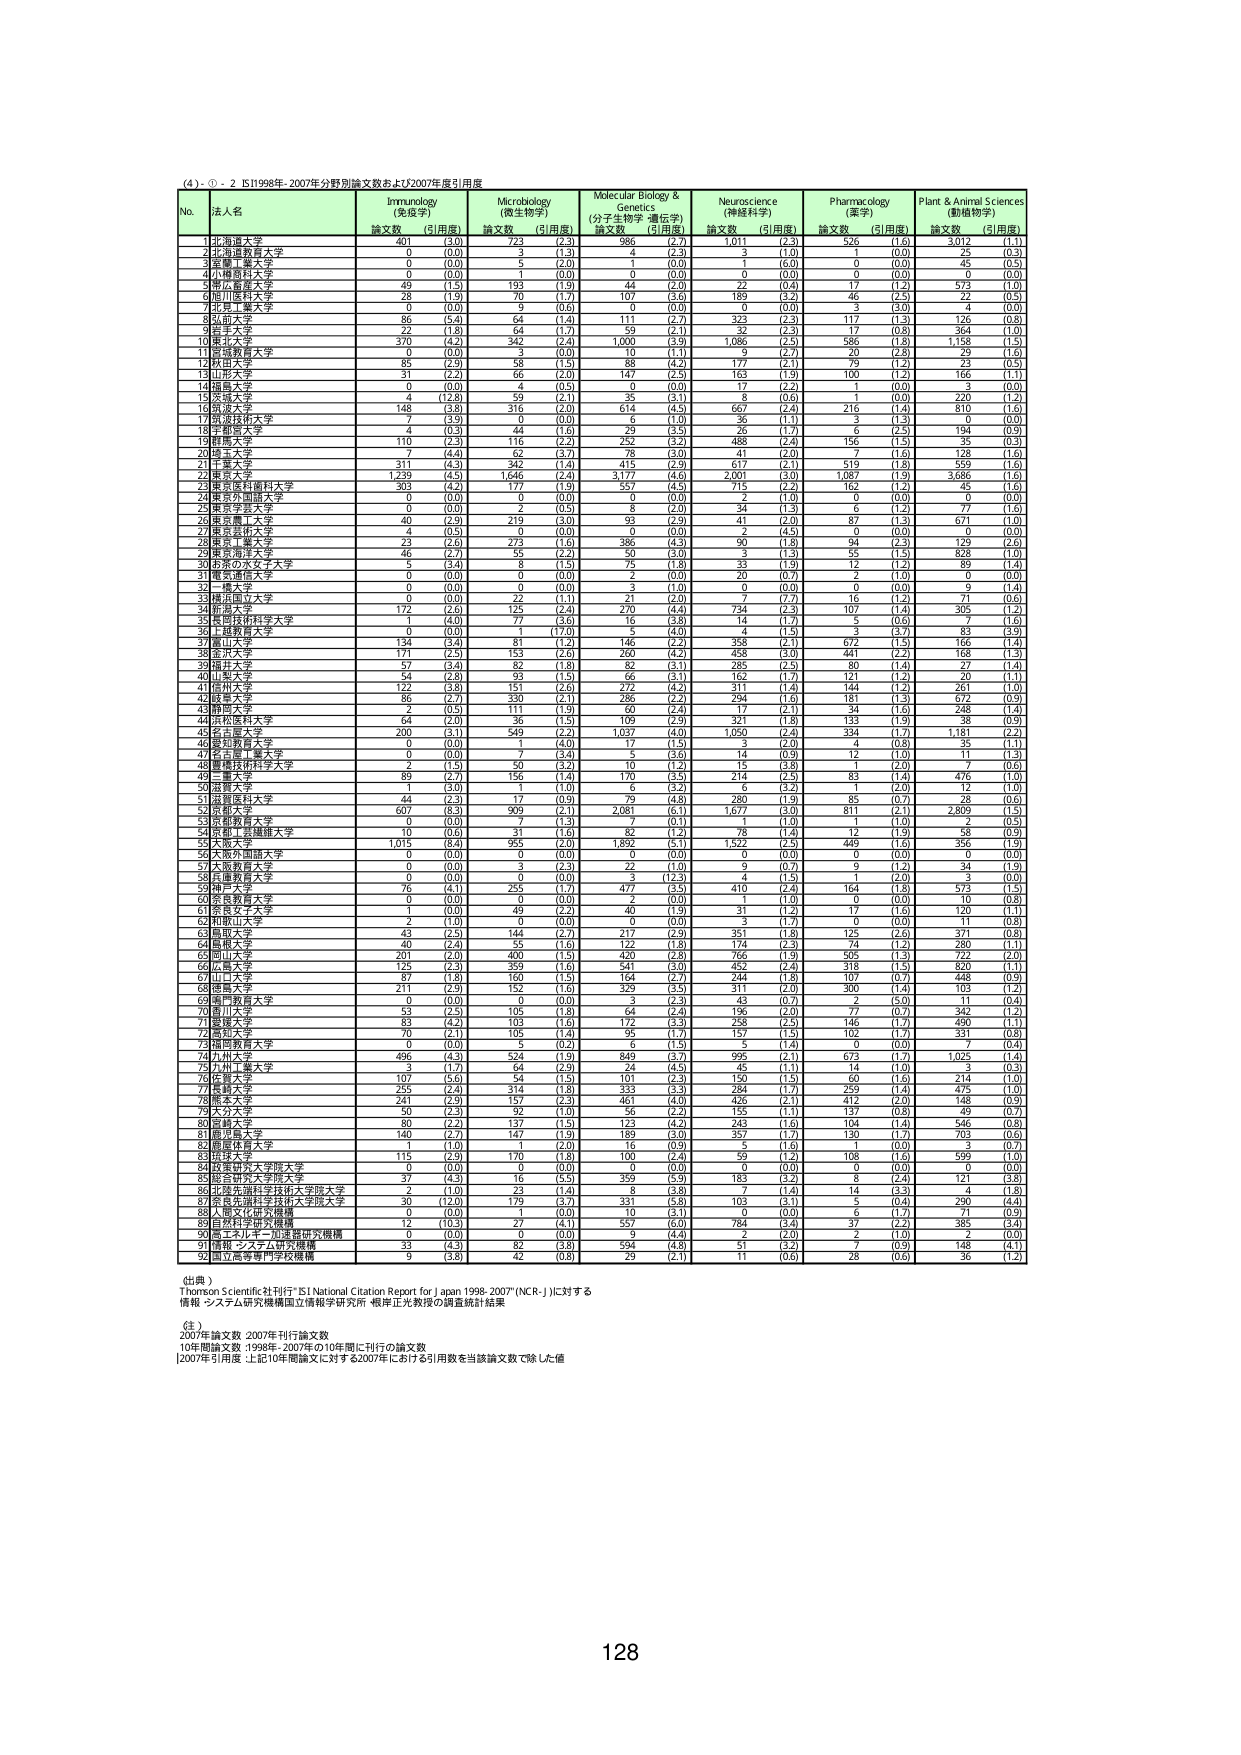
(4) - ① - 2 IS11998年-2007年分野別論文数および2007年足引用度

No. 法人名 Immunology (免疫学) Microbiology (微生物学) Molecular Biology & Genetics (分子生物学・遺伝学) Neuroscience (神経科学) Pharmacology (薬学) Plant & Animal Sciences (動植物学)
論文数 (引用度) 論文数 (引用度) 論文数 (引用度) 論文数 (引用度) 論文数 (引用度) 論文数 (引用度)
1 北海道大学 401 (3.0) 723 (2.3) 986 (2.7) 1,011 (2.3) 526 (1.0) 3,012 (1.1)
2 北海道教育大学 0 (0.0) 3 (1.3) 4 (2.3) 3 (1.0) 0 (0.0) 25 (0.3)
3 京都工芸繊維大学 0 (0.0) 5 (2.0) 1 (0.0) 1 (6.0) 0 (0.0) 45 (0.5)
4 小樽商科大学 0 (0.0) 1 (0.0) 0 (0.0) 0 (0.0) 0 (0.0) 0 (0.0)
5 東北大学 69 (1.5) 193 (1.9) 44 (0.4) 17 (1.2) 17 (1.2) 573 (1.0)
6 旭川医科大学 28 (1.9) 70 (1.7) 107 (3.6) 189 (3.2) 46 (2.5) 22 (0.5)
7 北見工業大学 0 (0.0) 9 (0.6) 0 (0.0) 0 (0.0) 3 (3.0) 4 (0.0)
8 弘前大学 86 (5.4) 64 (1.4) 111 (2.7) 323 (2.3) 117 (1.3) 126 (0.8)
9 岩手大学 22 (1.8) 64 (1.7) 59 (2.1) 32 (2.3) 17 (0.8) 364 (1.0)
10 東北大学 370 (4.2) 342 (2.4) 1,000 (3.9) 1,086 (2.5) 586 (1.8) 1,158 (1.5)
11 宮城教育大学 0 (0.0) 0 (0.0) 10 (1.1) 9 (2.7) 20 (2.8) 29 (1.6)
12 秋田大学 85 (2.9) 58 (1.5) 88 (4.2) 177 (2.1) 79 (1.2) 23 (0.3)
13 山形大学 31 (2.2) 66 (2.0) 147 (2.5) 163 (1.9) 100 (1.2) 166 (1.1)
14 福島大学 0 (0.0) 4 (0.5) 0 (0.0) 17 (2.2) 1 (0.0) 3 (0.0)
15 茨城大学 4 (1.8) 59 (2.1) 35 (3.1) 8 (0.6) 1 (0.0) 220 (1.2)
16 筑波大学 148 (3.8) 316 (2.0) 614 (4.5) 667 (2.4) 216 (1.4) 810 (1.6)
17 筑波技術大学 7 (3.9) 0 (0.0) 6 (1.0) 36 (1.1) 3 (1.3) 0 (0.0)
18 宇都宮大学 4 (0.3) 44 (1.6) 29 (3.5) 26 (1.7) 6 (2.5) 194 (0.9)
19 群馬大学 110 (2.3) 116 (2.2) 252 (3.2) 488 (2.4) 156 (1.5) 35 (0.3)
20 埼玉大学 7 (4.4) 62 (3.7) 78 (3.0) 41 (2.0) 7 (1.6) 128 (1.6)
21 千葉大学 311 (4.3) 342 (1.4) 415 (2.9) 617 (2.1) 519 (1.8) 599 (1.6)
22 東京大学 1,239 (4.5) 1,646 (2.4) 3,177 (4.6) 2,001 (3.0) 1,087 (1.9) 3,682 (1.6)
23 東京医科歯科大学 303 (4.2) 177 (1.9) 557 (4.5) 715 (2.2) 162 (1.2) 45 (1.6)
24 東京外国語大学 0 (0.0) 0 (0.0) 0 (0.0) 2 (1.0) 0 (0.0) 0 (0.0)
25 東京学芸大学 0 (0.0) 2 (0.5) 8 (1.9) 34 (1.3) 6 (1.2) 77 (1.6)
26 東京農工大学 40 (2.9) 219 (3.0) 93 (2.9) 41 (2.0) 87 (1.3) 671 (1.0)
27 東京芸術大学 4 (0.5) 0 (0.0) 0 (0.0) 2 (4.5) 0 (0.0) 0 (0.0)
28 東京工業大学 23 (2.6) 273 (1.6) 386 (4.3) 90 (1.8) 94 (2.3) 129 (1.2)
29 東京海洋大学 46 (2.7) 55 (2.2) 50 (3.0) 3 (1.3) 55 (1.5) 828 (1.0)
30 お茶の水女子大学 5 (3.4) 8 (1.5) 75 (1.8) 33 (1.9) 12 (1.2) 89 (1.4)
31 電気通信大学 0 (0.0) 0 (0.0) 2 (0.0) 20 (0.7) 2 (1.0) 0 (0.0)
32 一橋大学 0 (0.0) 0 (0.0) 3 (0.0) 0 (0.0) 0 (0.0) 9 (1.4)
33 横浜国立大学 0 (0.0) 22 (1.1) 21 (2.0) 7 (7.7) 16 (1.2) 71 (0.6)
34 新潟大学 172 (2.6) 125 (2.4) 270 (4.4) 734 (2.3) 107 (1.4) 305 (1.2)
35 信州大学 1 (4.0) 7 (3.6) 16 (3.8) 14 (1.7) 5 (0.6) 7 (1.6)
36 上越教育大学 0 (0.0) 1 (17.0) 5 (4.0) 4 (1.5) 3 (3.7) 83 (3.9)
37 富山大学 134 (3.4) 81 (1.2) 146 (2.2) 358 (2.1) 672 (1.5) 166 (1.4)
38 金沢大学 171 (2.5) 153 (2.6) 260 (4.2) 458 (3.0) 441 (2.2) 168 (1.2)
39 福井大学 57 (3.4) 82 (1.8) 82 (3.1) 285 (2.5) 80 (1.4) 27 (1.4)
40 山梨大学 54 (2.8) 93 (1.5) 66 (3.1) 162 (1.7) 121 (1.2) 20 (1.1)
41 長野大学 122 (3.8) 151 (2.6) 272 (4.2) 311 (1.4) 144 (1.2) 261 (1.0)
42 岐阜大学 86 (2.7) 330 (0.0) 286 (2.1) 294 (1.6) 181 (1.3) 672 (0.9)
43 静岡大学 2 (0.5) 111 (1.9) 60 (2.4) 17 (2.1) 34 (1.6) 248 (1.4)
44 浜松医科大学 64 (2.0) 36 (1.5) 109 (2.9) 321 (1.8) 133 (1.9) 38 (0.9)
45 名古屋大学 200 (3.1) 549 (2.2) 1,037 (3.0) 1,093 (2.4) 334 (1.7) 1,181 (2.2)
46 愛知教育大学 0 (0.0) 1 (4.0) 3 (1.5) 3 (2.0) 4 (0.8) 35 (1.1)
47 名古屋工業大学 0 (0.0) 7 (3.4) 5 (3.6) 14 (0.9) 12 (1.0) 11 (1.3)
48 愛知芸術短期大学 2 (1.5) 50 (3.2) 10 (3.2) 15 (3.8) 1 (2.0) 7 (1.0)
49 三重大学 89 (2.7) 156 (1.4) 170 (3.5) 214 (2.5) 83 (1.4) 476 (1.0)
50 滋賀大学 1 (3.0) 1 (1.0) 6 (3.2) 6 (3.2) 1 (2.0) 12 (1.0)
51 京都教育大学 44 (2.3) 17 (2.1) 79 (4.8) 280 (1.9) 85 (0.7) 28 (0.6)
52 京都大学 607 (6.3) 909 (2.1) 2,081 (6.1) 1,677 (3.0) 811 (2.1) 2,802 (1.3)
53 京都薬科大学 0 (0.0) 7 (1.3) 7 (0.1) 1 (1.0) 1 (1.0) 2 (0.5)
54 京都工芸繊維大学 10 (0.6) 31 (1.6) 82 (1.2) 78 (1.4) 12 (1.9) 58 (0.9)
55 大阪大学 1,015 (8.4) 955 (2.0) 1,892 (5.1) 1,522 (2.5) 449 (1.6) 395 (1.9)
56 大阪外国語大学 0 (0.0) 0 (0.0) 0 (0.0) 0 (0.0) 0 (0.0) 0 (0.0)
57 大阪教育大学 0 (0.0) 3 (2.3) 22 (1.0) 9 (0.7) 9 (1.2) 34 (1.9)
58 兵庫教育大学 0 (0.0) 0 (0.0) 3 (1.3) 4 (1.5) 1 (2.0) 2 (0.0)
59 神戸大学 76 (4.1) 265 (1.7) 477 (3.5) 410 (2.2) 164 (1.8) 573 (1.5)
60 奈良教育大学 0 (0.0) 0 (0.0) 2 (0.0) 1 (1.0) 0 (0.0) 10 (0.8)
61 奈良女子大学 1 (0.0) 49 (2.2) 40 (1.9) 31 (1.2) 17 (1.6) 120 (1.1)
62 和歌山大学 2 (1.0) 0 (0.0) 3 (1.7) 0 (0.0) 0 (0.0) 11 (0.8)
63 鳥取大学 43 (2.5) 144 (2.7) 217 (2.9) 351 (1.8) 125 (2.6) 371 (0.8)
64 島根大学 40 (2.4) 55 (1.6) 122 (1.8) 174 (2.3) 74 (1.2) 280 (1.1)
65 岡山大学 201 (2.0) 400 (1.5) 460 (2.8) 766 (1.9) 505 (1.3) 722 (2.0)
66 広島大学 125 (2.3) 359 (1.6) 541 (3.0) 452 (2.4) 318 (1.5) 820 (1.1)
67 山口大学 87 (1.8) 160 (1.5) 164 (2.7) 244 (1.8) 107 (0.7) 448 (0.9)
68 徳島大学 211 (2.9) 152 (1.6) 311 (3.5) 300 (2.0) 300 (1.4) 103 (1.2)
69 香川教育大学 0 (0.0) 0 (0.0) 3 (2.3) 43 (0.7) 2 (5.0) 11 (0.4)
70 香川大学 53 (2.5) 105 (1.8) 64 (2.4) 196 (2.0) 77 (0.7) 342 (1.2)
71 愛媛大学 83 (4.2) 103 (1.6) 172 (3.3) 238 (2.5) 146 (1.7) 490 (1.1)
72 高知大学 70 (2.1) 105 (1.4) 95 (1.7) 157 (1.5) 102 (1.7) 331 (0.8)
73 福岡教育大学 0 (0.0) 5 (0.2) 6 (1.5) 5 (1.4) 0 (0.0) 7 (0.4)
74 九州大学 496 (4.3) 524 (1.9) 849 (3.7) 995 (2.1) 673 (1.7) 1,025 (1.4)
75 九州工業大学 3 (1.7) 64 (2.9) 24 (4.5) 45 (1.1) 14 (1.0) 3 (0.3)
76 佐賀大学 107 (5.6) 54 (1.5) 101 (2.3) 150 (1.5) 60 (1.6) 214 (1.0)
77 長崎大学 255 (2.4) 314 (1.8) 333 (3.3) 284 (1.7) 259 (1.4) 475 (1.0)
78 熊本大学 241 (2.9) 157 (2.3) 461 (4.0) 426 (2.1) 412 (2.0) 148 (0.9)
79 大分大学 50 (2.3) 92 (1.0) 56 (2.2) 155 (1.1) 137 (0.8) 49 (0.7)
80 宮崎大学 80 (2.2) 137 (1.5) 123 (4.2) 243 (1.6) 104 (1.4) 546 (0.8)
81 鹿児島大学 140 (2.7) 147 (1.9) 189 (3.0) 357 (1.7) 130 (1.7) 703 (0.6)
82 沖縄教育大学 1 (1.0) 1 (2.0) 16 (0.9) 5 (1.6) 1 (0.0) 3 (0.7)
83 琉球大学 115 (2.9) 170 (1.8) 100 (2.4) 59 (1.2) 108 (1.6) 599 (1.0)
84 政策研究大学院大学 0 (0.0) 0 (0.0) 0 (0.0) 0 (0.0) 0 (0.0) 0 (0.0)
85 総合研究大学院大学 37 (3.3) 16 (3.5) 359 (3.9) 183 (3.2) 8 (2.4) 121 (3.8)
86 北海道先端科学技術大学院大学 2 (1.0) 23 (1.4) 8 (3.8) 7 (1.4) 14 (3.3) 4 (1.8)
87 奈良先端科学技術大学院大学 30 (12.0) 179 (3.7) 331 (5.8) 103 (3.1) 5 (0.4) 290 (4.4)
88 人間文化研究機構 0 (0.0) 1 (0.0) 10 (3.1) 0 (0.0) 6 (1.7) 71 (0.9)
89 自然科学研究機構 12 (10.3) 27 (4.1) 557 (6.0) 784 (3.2) 37 (2.2) 385 (3.4)
90 高エネルギー加速器研究機構 0 (0.0) 0 (0.0) 9 (4.4) 2 (2.0) 2 (1.0) 2 (0.0)
91 情報・システム研究機構 33 (4.3) 82 (3.8) 394 (4.8) 51 (3.2) 7 (0.9) 148 (4.1)
92 国立研究開発法人理化学研究所 9 (3.8) 42 (0.9) 29 (2.1) 11 (0.6) 28 (0.6) 36 (1.2)

(出典)
Thomson Scientific社刊行「ISI National Citation Report for Japan 1998-2007」(NCR-J)に対する
情報・システム研究機構国立情報学研究所 根岸正光教授の調査統計結果

(注)
2007年論文数 2007年刊行論文数
10年間論文数 1998年-2007年の10年間に刊行の論文数
[2007年引用度 :上記10年間論文に対する2007年における引用数を当該論文数で除した値

128